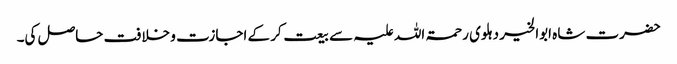
حضرت شاہ ابوالخیر دہلوی رحمۃ اللہ علیہ سے بیعت کر کے اجازت و خلافت حاصل کی۔